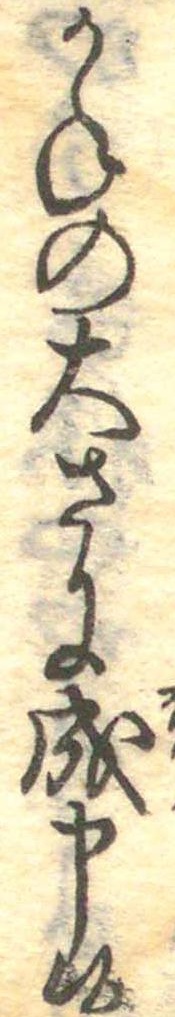
かねの大さに成申候